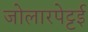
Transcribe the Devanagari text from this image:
जोलारपेट्टई